Leaving Certificate Examination (including Day School Certificate (Higher) General paper), 1936
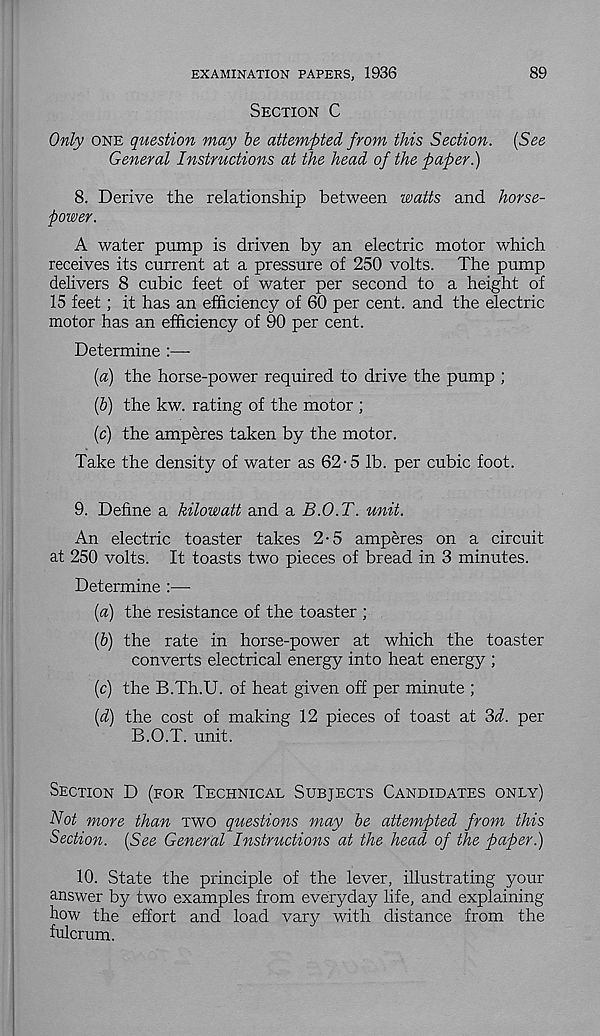
EXAMINATION PAPERS, 1936
89
Section C
Only one question may be attempted from this Section. (See
General Instructions at the head of the paper.)
8. Derive the relationship between watts and horse-
power.
A water pump is driven by an electric motor which
receives its current at a pressure of 250 volts. The pump
delivers 8 cubic feet of water per second to a height of
15 feet; it has an efficiency of 60 per cent, and the electric
motor has an efficiency of 90 per cent.
Determine :—-
(a) the horse-power required to drive the pump ;
(b) the kw. rating of the motor ;
(c) the amperes taken by the motor.
Take the density of water as 62-5 lb. per cubic foot.
9. Define a kilowatt and a B.O.T. unit.
An electric toaster takes 2-5 amperes on a circuit
at 250 volts. It toasts two pieces of bread in 3 minutes.
Determine :—-
(a) the resistance of the toaster ;
(b) the rate in horse-power at which the toaster
converts electrical energy into heat energy ;
(c) the B.Th.U. of heat given off per minute ;
(d) the cost of making 12 pieces of toast at 3i. per
B.O.T. unit.
Section D (for Technical Subjects Candidates only)
Not more than two questions may be attempted from this
Section. (See General Instructions at the head of the paper.)
10. State the principle of the lever, illustrating your
answer by two examples from everyday life, and explaining
how the effort and load vary with distance from the
fulcrum.